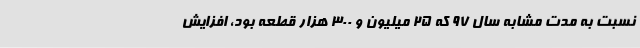
نسبت به مدت مشابه سال 97 که 25 میلیون و 300 هزار قطعه بود، افزایش